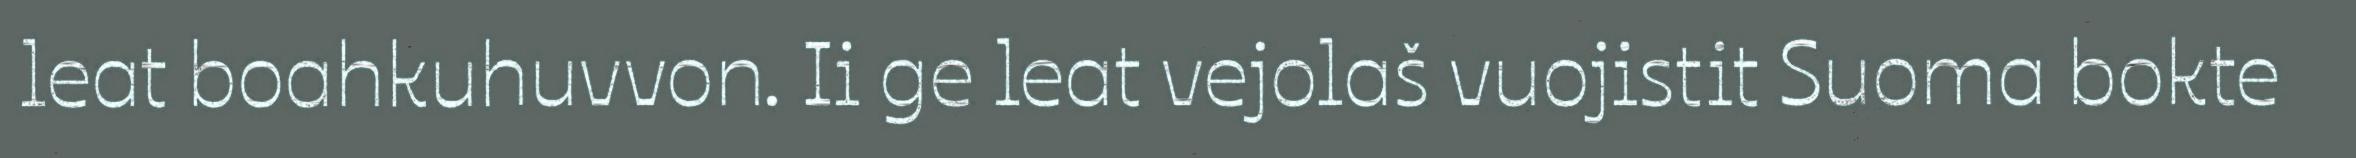
leat boahkuhuvvon. Ii ge leat vejolaš vuojistit Suoma bokte